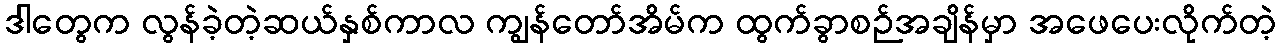
ဒါတွေက လွန်ခဲ့တဲ့ဆယ်နှစ်ကာလ ကျွန်တော်အိမ်က ထွက်ခွာစဉ်အချိန်မှာ အဖေပေးလိုက်တဲ့